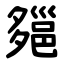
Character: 郺